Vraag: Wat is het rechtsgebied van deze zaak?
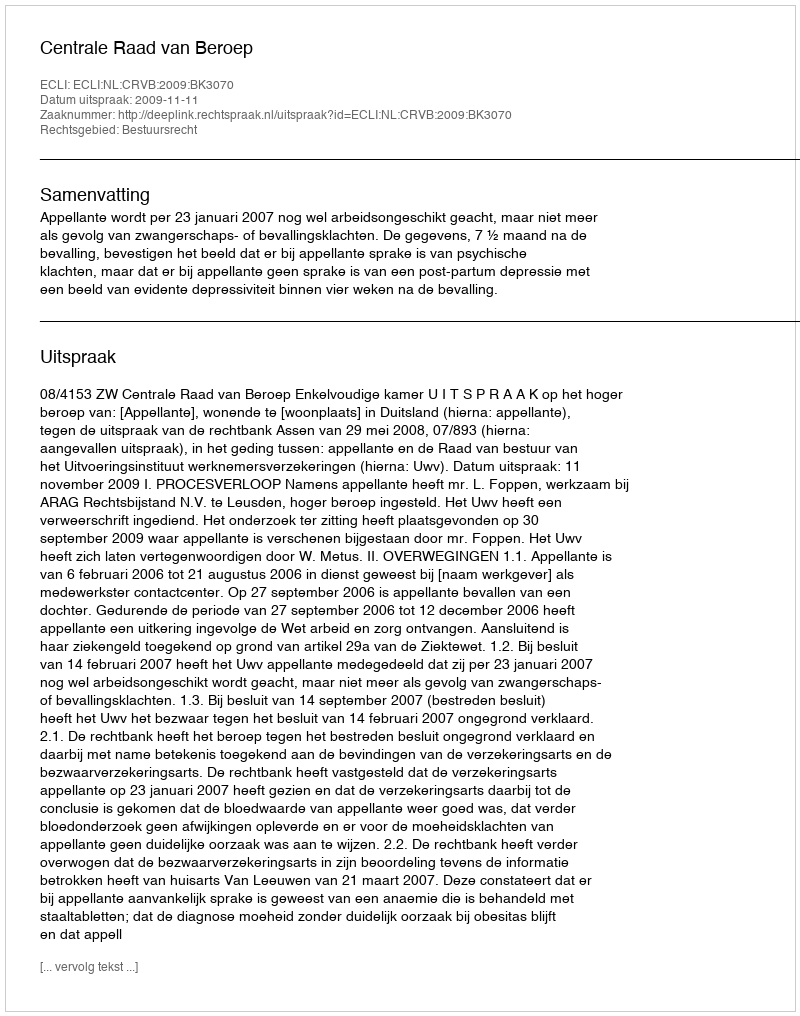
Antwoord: Bestuursrecht